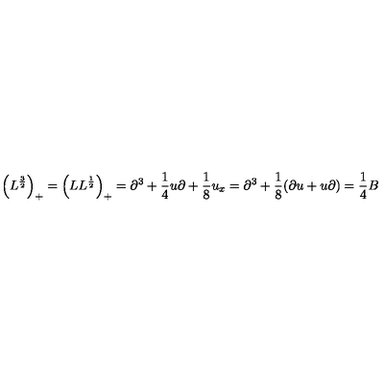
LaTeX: \left( L ^ { \frac { 3 } { 2 } } \right) _ { + } = \left( L L ^ { \frac { 1 } { 2 } } \right) _ { + } = \partial ^ { 3 } + { \frac { 1 } { 4 } } u \partial + { \frac { 1 } { 8 } } u _ { x } = \partial ^ { 3 } + { \frac { 1 } { 8 } } ( \partial u + u \partial ) = { \frac { 1 } { 4 } } B